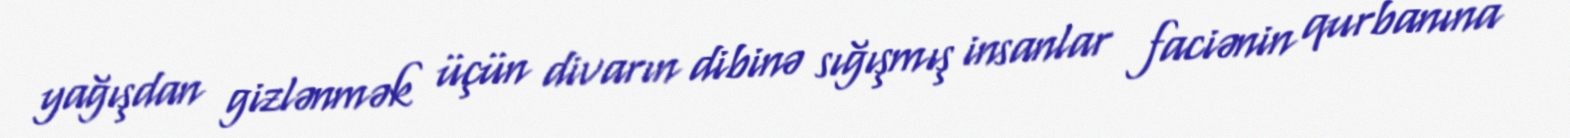
yağışdan gizlənmək üçün divarın dibinə sığışmış insanlar faciənin qurbanına